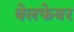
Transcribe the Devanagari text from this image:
बेलफेयर